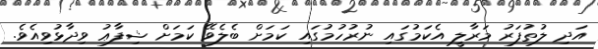
އަދި ލުތުފަރު މަރާލީ އެކަމުގައި ނުރުހުމުގައި ކަމަށް ބެލެވޭ ކަމަށް ޝިފާޢު ވިދާޅުވިއެވެ.